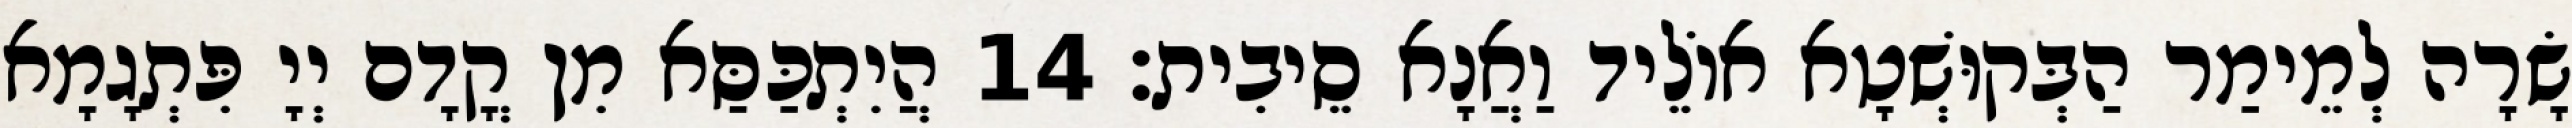
שָׂרָה לְמֵימַר הַבְּקוּשְׁטָא אוֹלֵיד וַאֲנָא סֵיבִית׃ 14 הֲיִתְכַּסַּא מִן קֳדָם יְיָ פִּתְגָמָא